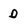
Character: D